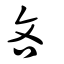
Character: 悋